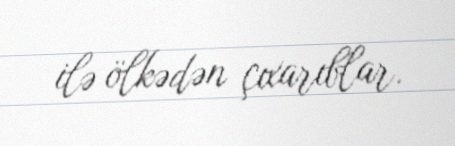
ilə ölkədən çıxarıblar.